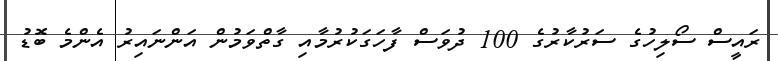
ރައީސް ސޯލިހުގެ ސަރުކާރުގެ 100 ދުވަސް ފާހަގަކުރުމާއި ގާތްވަމުން އަންނައިރު އެންމެ ބޮޑު